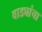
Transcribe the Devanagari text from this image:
वाड्यांचा